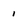
Character: 1